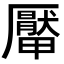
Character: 厴